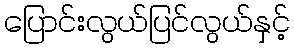
ပြောင်းလွယ်ပြင်လွယ်နှင့်